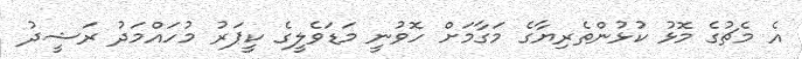
އެ މެޗުގެ މޮޅު ކުޅުންތެރިޔާގެ މަގާމަށް ހޮވުނީ މަޑަވެލީގެ ކީޕަރު މުހައްމަދު ރަޝީދު